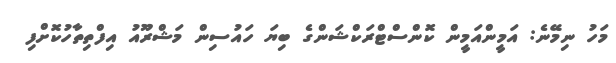
މަހު ނިމޭނެ: އަމީންއަމީން ކޮންސްޓްރަކްޝަންގެ ބިޔަ ހައުސިން މަޝްރޫއު އިފްތިތާހުކޮށްފި